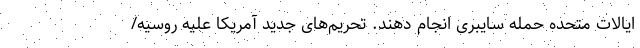
ایالات متحده حمله سایبری انجام دهند. تحریم‌های جدید آمریکا علیه روسیه/